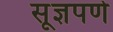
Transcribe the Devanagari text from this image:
सूज्ञपणे